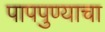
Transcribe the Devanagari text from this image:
पापपुण्याचा